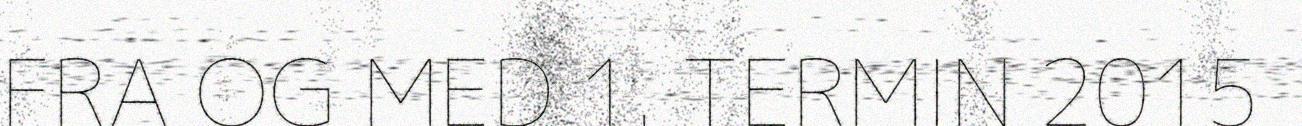
FRA OG MED 1. TERMIN 2015